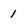
Character: 1